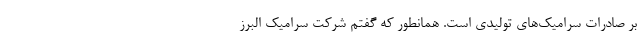
بر صادرات سرامیک‌های تولیدی است. همانطور که گفتم شرکت سرامیک البرز